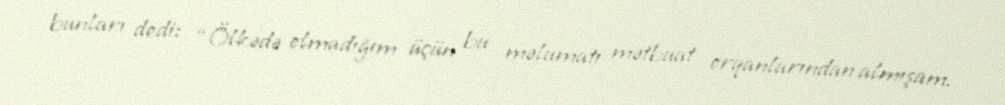
bunları dedi: “Ölkədə olmadığım üçün bu məlumatı mətbuat orqanlarından almışam.